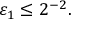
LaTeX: \varepsilon _ { 1 } \leq 2 ^ { - 2 } .